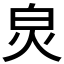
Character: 𤽈